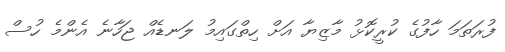
ފުރަތަމަ ހާފުގެ ކުރީކޮޅު މާޒިޔާ އަށް ހިތްގައިމު ލަނޑެއް ޖަހާނެ އެންމެ ހުސް